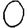
Digit: 0